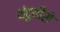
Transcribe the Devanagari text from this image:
थंदुयीसे